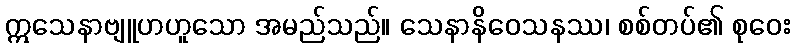
ဣသေနာဗျူဟဟူသော အမည်သည်။ သေနာနိဝေသနဿ၊ စစ်တပ်၏ စုဝေး